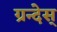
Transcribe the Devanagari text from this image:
ग्रन्देस्